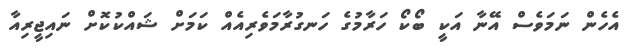
އެހެން ނަމަވެސް އޭނާ އަކީ ބޯކޯ ހަރާމުގެ ހަނގުރާމަވެރިއެއް ކަމަށް ޝައްކުކޮށް ނައިޖީރިއާ